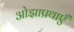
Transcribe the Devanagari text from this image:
ओझाप्रथाएँ